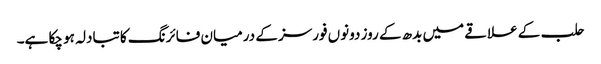
حلب کے علاقے میں بدھ کے روز دونوں فورسز کے درمیان فائرنگ کا تبادلہ ہو چکا ہے۔